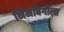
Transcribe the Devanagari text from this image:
निमबिर्गीला